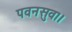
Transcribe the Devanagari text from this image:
पवनसुव।।